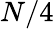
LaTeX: N/4